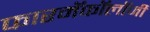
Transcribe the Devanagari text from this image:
फारमॅकॉलॉजी